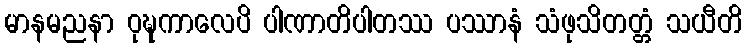
မာနမညနာ ဝုဍ္ဎကာလေပိ ပါဏာတိပါတဿ ပဿာနံ သံဖုသိတတ္တံ သယီတိ